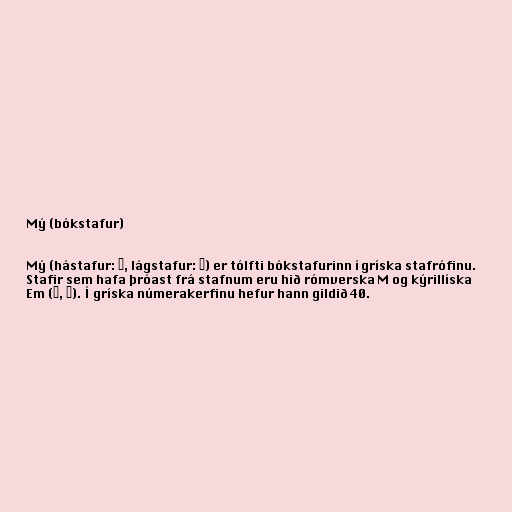
Mý (bókstafur)

Mý (hástafur: Μ, lágstafur: μ) er tólfti bókstafurinn í gríska stafrófinu.
Stafir sem hafa þróast frá stafnum eru hið rómverska M og kýrillíska
Em (М, м). Í gríska númerakerfinu hefur hann gildið 40.